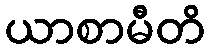
ယာစာမီတိ